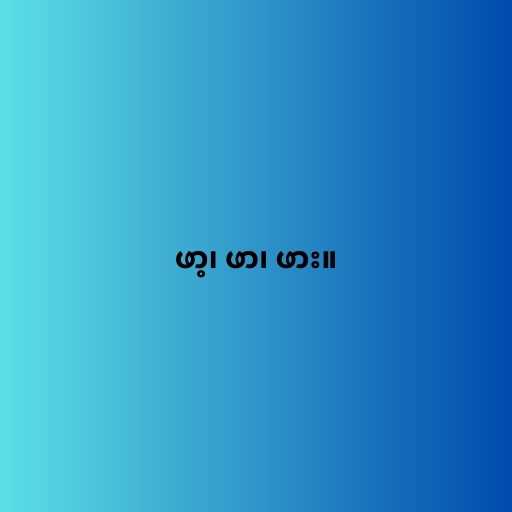
ဖာ့၊ ဖာ၊ ဖား။